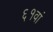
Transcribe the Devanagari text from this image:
६१वां